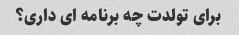
برای تولدت چه برنامه ای داری؟